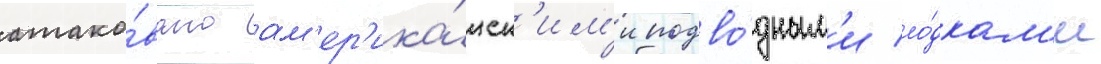
атако́вано ам'ер'ика́нск'им'и подво́дным'и ло́дкам'и